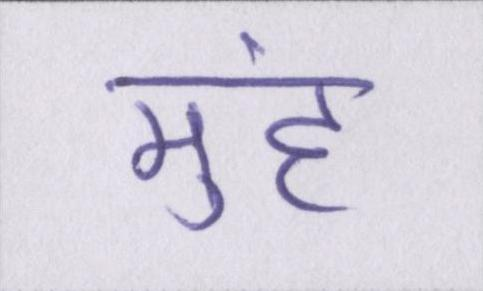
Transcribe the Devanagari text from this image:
मुंह